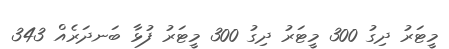
މީޓަރު ދިގު 300 މީޓަރު ދިގު 300 މީޓަރު ފުޅާ ބަނދަރެއް 343